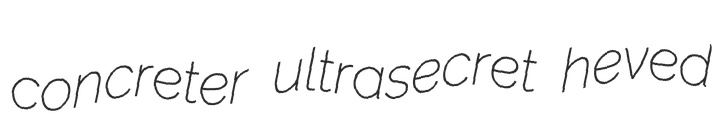
concreter ultrasecret heved